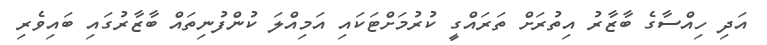
އަދި ހިއްސާގެ ބާޒާރު އިތުރަށް ތަރައްގީ ކުރުމަށްޓަކައި އަމިއްލަ ކުންފުނިތައް ބާޒާރުގައި ބައިވެރި